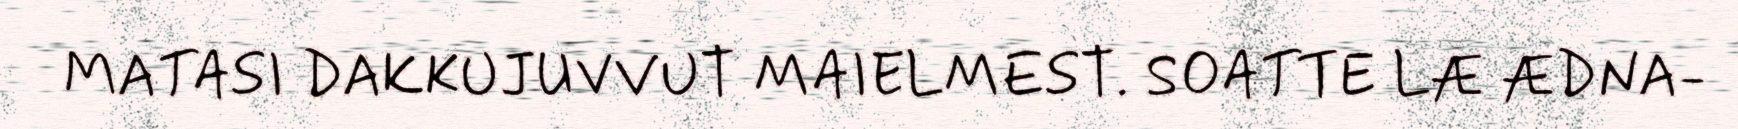
MATASI DAKKUJUVVUT MAIELMEST. SOATTE LÆ ÆDNA-